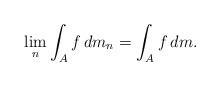
LaTeX: \begin{align*}\lim_n \int_{A} f\,dm_n = \int_{A} f\,dm.\end{align*}